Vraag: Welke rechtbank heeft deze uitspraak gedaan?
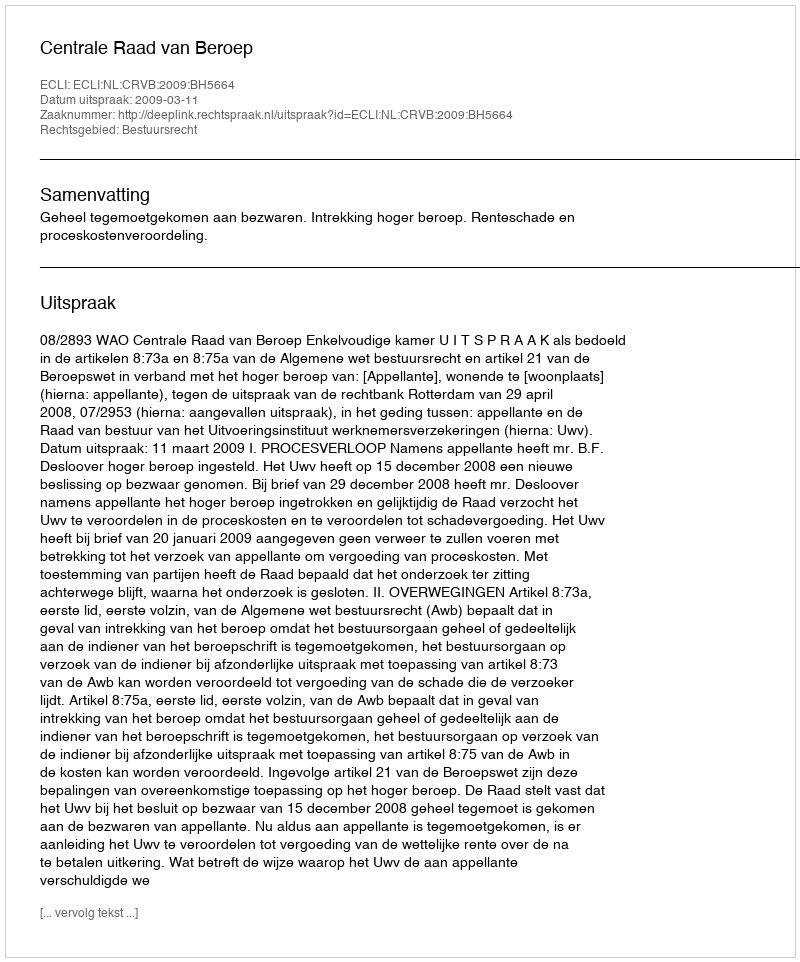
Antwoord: Centrale Raad van Beroep